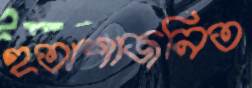
হতাশাজনিত